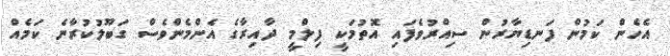
އެހެން ކަމުން ފަނޑިޔާރުން ސިއްރުވެފައި އޮތުމަކީ ފިލްމީ ދާއިރާގެ އެންމެންވެސް ގަބޫލުކުރާނެ ކަމެއް